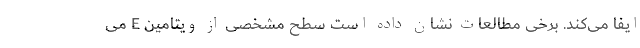
ایفا می‌کند. برخی مطالعات نشان داده است سطح مشخصی از ویتامین E می